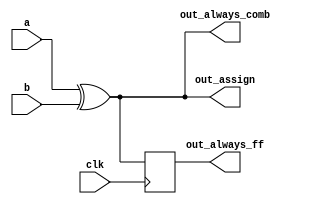
/*
    https://hdlbits.01xz.net/wiki/Alwaysblock2
*/

/* 
    For hardware synthesis, there are two types of always blocks that are relevant:
    - Combinational: always @(*)
    - Clocked: always @(posedge clk)

    There are three types of assignments in Verilog:
    - Continuous assignments (assign x = y;). Can only be used when not inside a procedure ("always block").
    - Procedural blocking assignment: (x = y;). Can only be used inside a procedure.
    - Procedural non-blocking assignment: (x <= y;). Can only be used inside a procedure.

    In a combinational always block, use blocking assignments.
    In a clocked always block, use non-blocking assignments.
*/

// synthesis verilog_input_version verilog_2001
module top_module(
    input clk,
    input a,
    input b,
    output wire out_assign,
    output reg out_always_comb,
    output reg out_always_ff   );

    assign out_assign = a ^ b;

    always @(*) begin
        out_always_comb = a ^ b;
    end

    always @(posedge clk) begin
        out_always_ff = a ^ b;
    end
endmodule